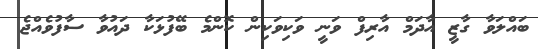
ބައްލަވާ ގާޒީ އާދަމް އާރިފް ވަނީ ވަކިވަކިން ކޮންމެ ބޭފުޅަކާ ދައުވާ ސާފުވެއްޖެ